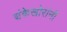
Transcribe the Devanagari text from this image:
शंकेखोरांनी